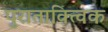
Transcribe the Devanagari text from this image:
पुराताक्त्विक